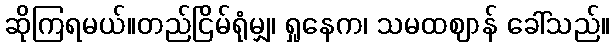
ဆိုကြရမယ်။တည်ငြိမ်ရုံမျှ၊ ရှုနေက၊ သမထဈာန် ခေါ်သည်။